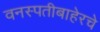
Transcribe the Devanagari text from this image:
वनस्पतीबाहेरचे